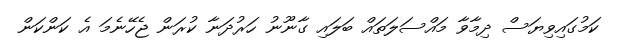
ކަމުގައިވިޔަސް ދިމާވާ މައްސަލަތައް ބަލައި ގާނޫނު ހަރުދަނާ ކުރަން ޖެހޭނެމަ އެ ކަންކަން